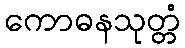
ကောဓနသုတ္တံ